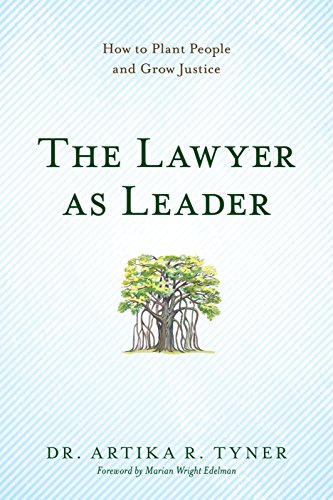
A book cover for The Lawyer as Leader: How to Plant People and Grow Justice; Dr. Artika R. Tyner; Law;